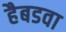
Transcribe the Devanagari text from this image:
हैबडवा